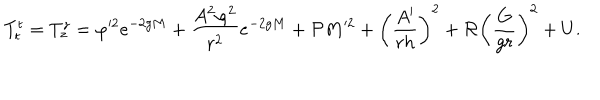
T _ { t } ^ { t } = T _ { z } ^ { z } = \varphi ^ { 2 } e ^ { - 2 g M } + \frac { A ^ { 2 } \varphi ^ { 2 } } { r ^ { 2 } } e ^ { - 2 g M } + { \cal P } M ^ { 2 } + \left( \frac { A ^ { \prime } } { r h } \right) ^ { 2 } + { \cal R } \left( \frac { G } { g r } \right) ^ { 2 } + U .